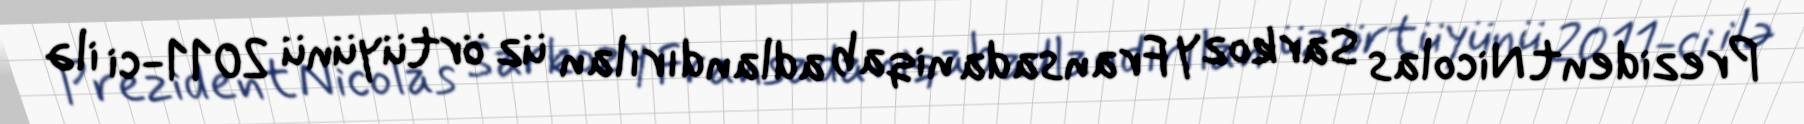
Prezident Nicolas Sarkozy Fransada niqab adlandırılan üz örtüyünü 2011-ci ilə